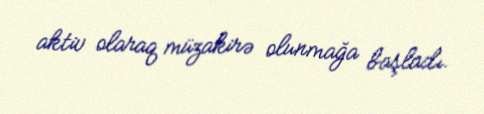
aktiv olaraq müzakirə olunmağa başladı.